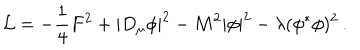
{ \cal L } = - { \frac { 1 } { 4 } } F ^ { 2 } + | D _ { \mu } \phi | ^ { 2 } - M ^ { 2 } | \phi | ^ { 2 } - \lambda ( \phi ^ { * } \phi ) ^ { 2 } \, .